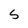
Character: 5